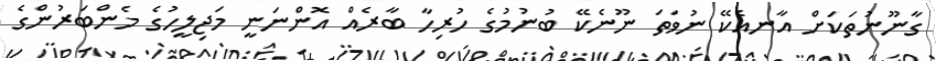
ގާނޫނުތަކަށް އާނއެކޭ ނުވަތަ ނޫނެކޭ ބުނުމުގެ ހުރިހާ ބާރެއް އޮންނަނީ މަޖިލީހުގެ މެންބަރުންގެ